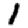
Digit: 1